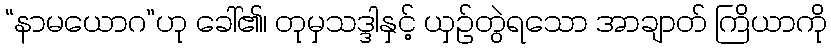
“နာမယောဂ”ဟု ခေါ်၏၊ တုမှသဒ္ဒါနှင့် ယှဉ်တွဲရသော အာချာတ် ကြိယာကို